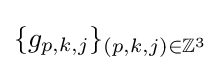
\{g_{p,k,j}\}_{(p,k,j)\in \mathbb {Z} ^{3}}